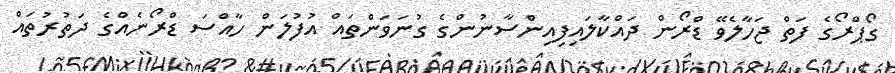
ގޯޕްރޯގެ ފަތް ޖަހާލެވޭ ޑްރޯން ދައްކާލައިފިއިންސާނުންގެ ގުނަވަންތައް އުފުލަން ހާއްސަ ޑްރޯނެއްގެ ދަތުރުތައް